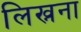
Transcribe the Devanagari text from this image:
लिख्नना